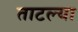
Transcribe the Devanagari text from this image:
ताटल्या